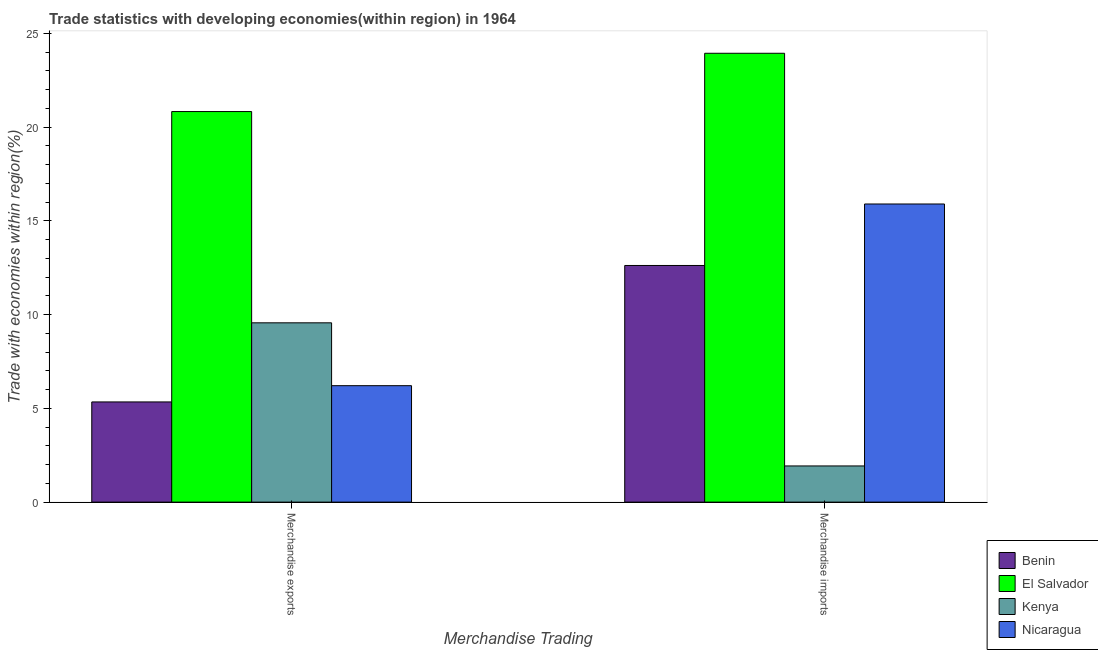
| Merchandise Trading | Benin | El Salvador | Kenya | Nicaragua |
 | --- | --- | --- | --- | --- |
 | Merchandise exports | 5.34 | 20.8 | 9.56 | 6.21 |
 | Merchandise imports | 12.6 | 23.9 | 1.93 | 15.9 |